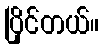
ပြိုင်တယ်။